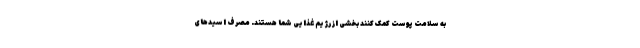
به سلامت پوست کمک کنند بخشی از رژیم غذایی شما هستند. مصرف اسیدهای